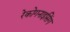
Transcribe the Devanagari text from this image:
रेकोगनाइसिंग